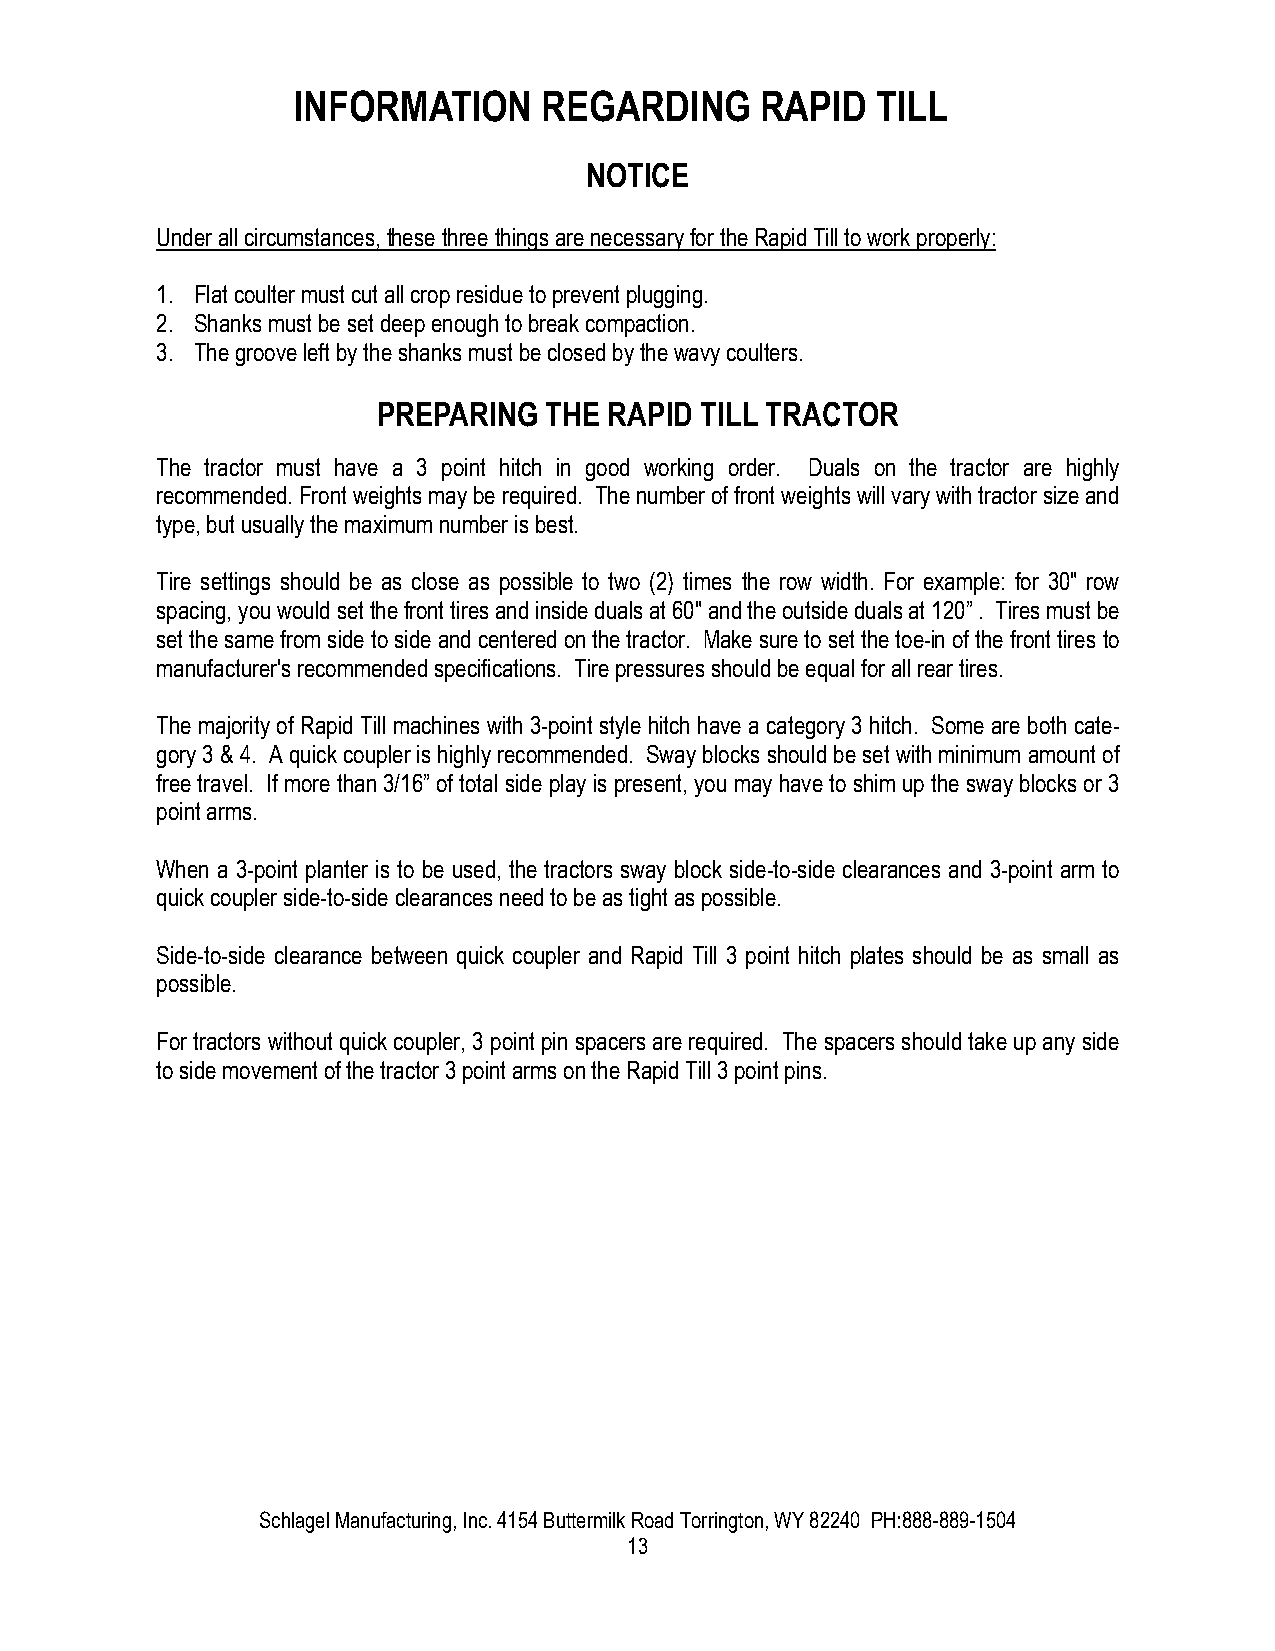
INFORMATION      REGARDING     RAPID   TILL
 NOTICE
 Under all circumstances, these three things are necessary for the Rapid Till to work properly:
 1. Flat coulter must cut all crop residue to prevent plugging.
 2. Shanks must be set deep enough to break compaction.
 3. The groove left by the shanks must be closed by the wavy coulters.
 PREPARING  THE RAPID TILL TRACTOR
 The tractor must have a 3 point hitch in good working order. Duals on the tractor are highly
 recommended. Front weights may be required. The number of front weights will vary with tractor size and
 type, but usually the maximum number is best.
 Tire settings should be as close as possible to two (2) times the row width. For example: for 30" row
 spacing, you would set the front tires and inside duals at 60" and the outside duals at 120” . Tires must be
 set the same from side to side and centered on the tractor. Make sure to set the toe-in of the front tires to
 manufacturer's recommended specifications. Tire pressures should be equal for all rear tires.
 The majority of Rapid Till machines with 3-point style hitch have a category 3 hitch. Some are both cate-
 gory 3 & 4. A quick coupler is highly recommended. Sway blocks should be set with minimum amount of
 free travel. If more than 3/16” of total side play is present, you may have to shim up the sway blocks or 3
 point arms.
 When a 3-point planter is to be used, the tractors sway block side-to-side clearances and 3-point arm to
 quick coupler side-to-side clearances need to be as tight as possible.
 Side-to-side clearance between quick coupler and Rapid Till 3 point hitch plates should be as small as
 possible.
 For tractors without quick coupler, 3 point pin spacers are required. The spacers should take up any side
 to side movement of the tractor 3 point arms on the Rapid Till 3 point pins.
 Schlagel Manufacturing, Inc. 4154 Buttermilk Road Torrington, WY 82240 PH:888-889-1504
 13